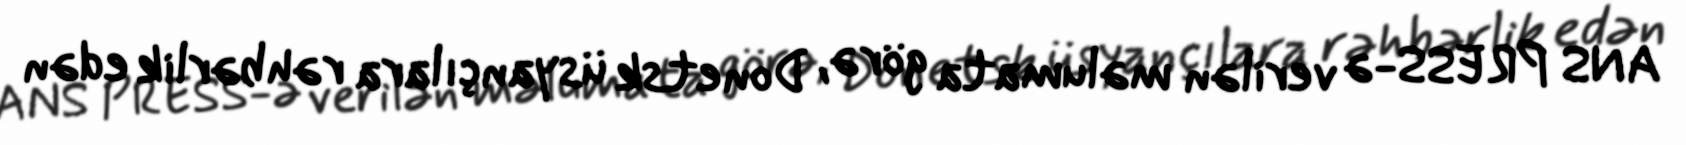
ANS PRESS-ə verilən məlumata görə, Donetsk üsyançılara rəhbərlik edən